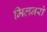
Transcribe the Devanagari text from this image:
मिलनरो